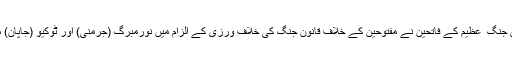
1945ء میں دوسری جنگ ِ عظیم کے فاتحین نے مفتوحین کے خلاف قانونِ جنگ کی خلاف ورزی کے الزام میں نورمبرگ (جرمنی) اور ٹوکیو (جاپان) میں عدالتیں قائم کیں ۔